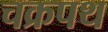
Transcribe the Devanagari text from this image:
चक्रपथ